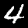
Digit: 4